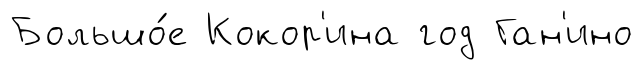
Большо́е Кокор'ина год Ган'ино